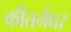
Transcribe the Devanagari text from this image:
कीतर्नघर